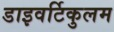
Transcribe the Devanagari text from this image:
डाइवर्टिकुलम